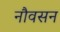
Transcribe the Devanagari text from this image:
नौवसन